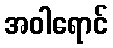
အဝါရောင်